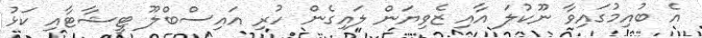
އެ ބުއިމުގައިވާ ނޫކުލަ އާއި ޒެވިޔަން ލައިގެން ހުރި އައިސްބްލޫ ޓީޝާޓާއި ކަޅު